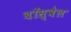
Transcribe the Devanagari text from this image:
बॉस्वेल